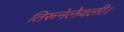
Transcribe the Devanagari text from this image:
तिरूनेलेवली।